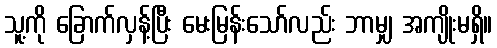
သူ့ကို ခြောက်လှန့်ပြီး မေးမြန်းသော်လည်း ဘာမျှ အကျိုးမရှိ။